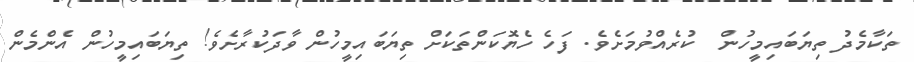
ތަކާމެދު ތިޔަބައިމީހުން  ކުރެއްވުމަށެވެ. ފަހެ ހެޔޮކަންތަކަށް ތިޔަބައިމީހުން ވާދަކުރާށެވެ! ތިޔަބައިމީހުން އެންމެން